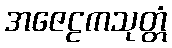
အဇေဠကသုတ္တံ